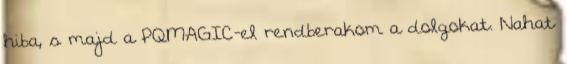
hiba, s majd a PQMAGIC-el rendberakom a dolgokat. Nahat